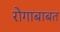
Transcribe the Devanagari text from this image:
रोगाबाबत